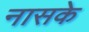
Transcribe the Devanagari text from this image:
नासके